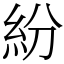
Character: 紛